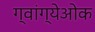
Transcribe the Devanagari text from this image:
ग्वांग्येओक